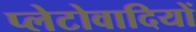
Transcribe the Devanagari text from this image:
प्लेटोवादियों